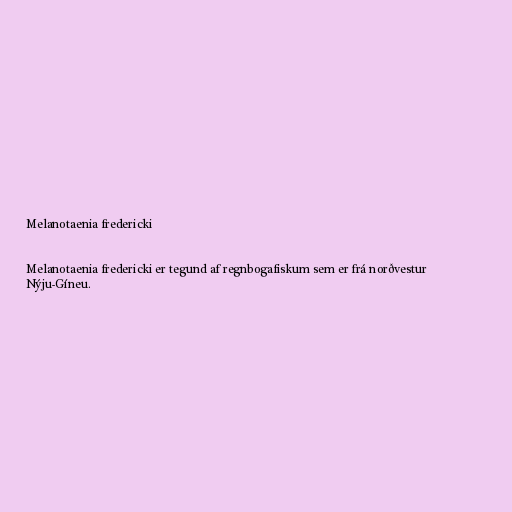
Melanotaenia fredericki

Melanotaenia fredericki er tegund af regnbogafiskum sem er frá norðvestur
Nýju-Gíneu.